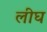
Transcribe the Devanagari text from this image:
लीघ